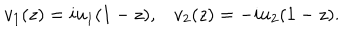
v _ { 1 } ( z ) = i u _ { 1 } ( 1 - z ) , v _ { 2 } ( z ) = - i u _ { 2 } ( 1 - z ) .